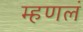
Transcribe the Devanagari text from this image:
म्हणलं